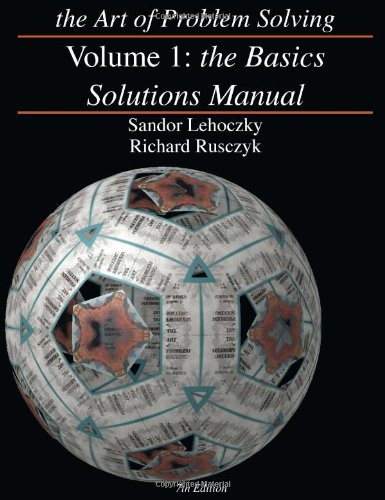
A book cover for The Art of Problem Solving, Volume 1: The Basics Solutions Manual; Sandor Lehoczky; Science & Math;